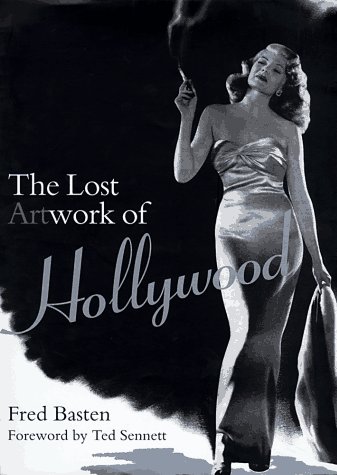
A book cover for Lost Artwork of Hollywood: Classic Images from Cinema's Golden Age; Fred E. Basten; Crafts, Hobbies & Home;